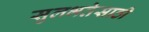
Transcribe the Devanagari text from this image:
सुलभतेसाठी